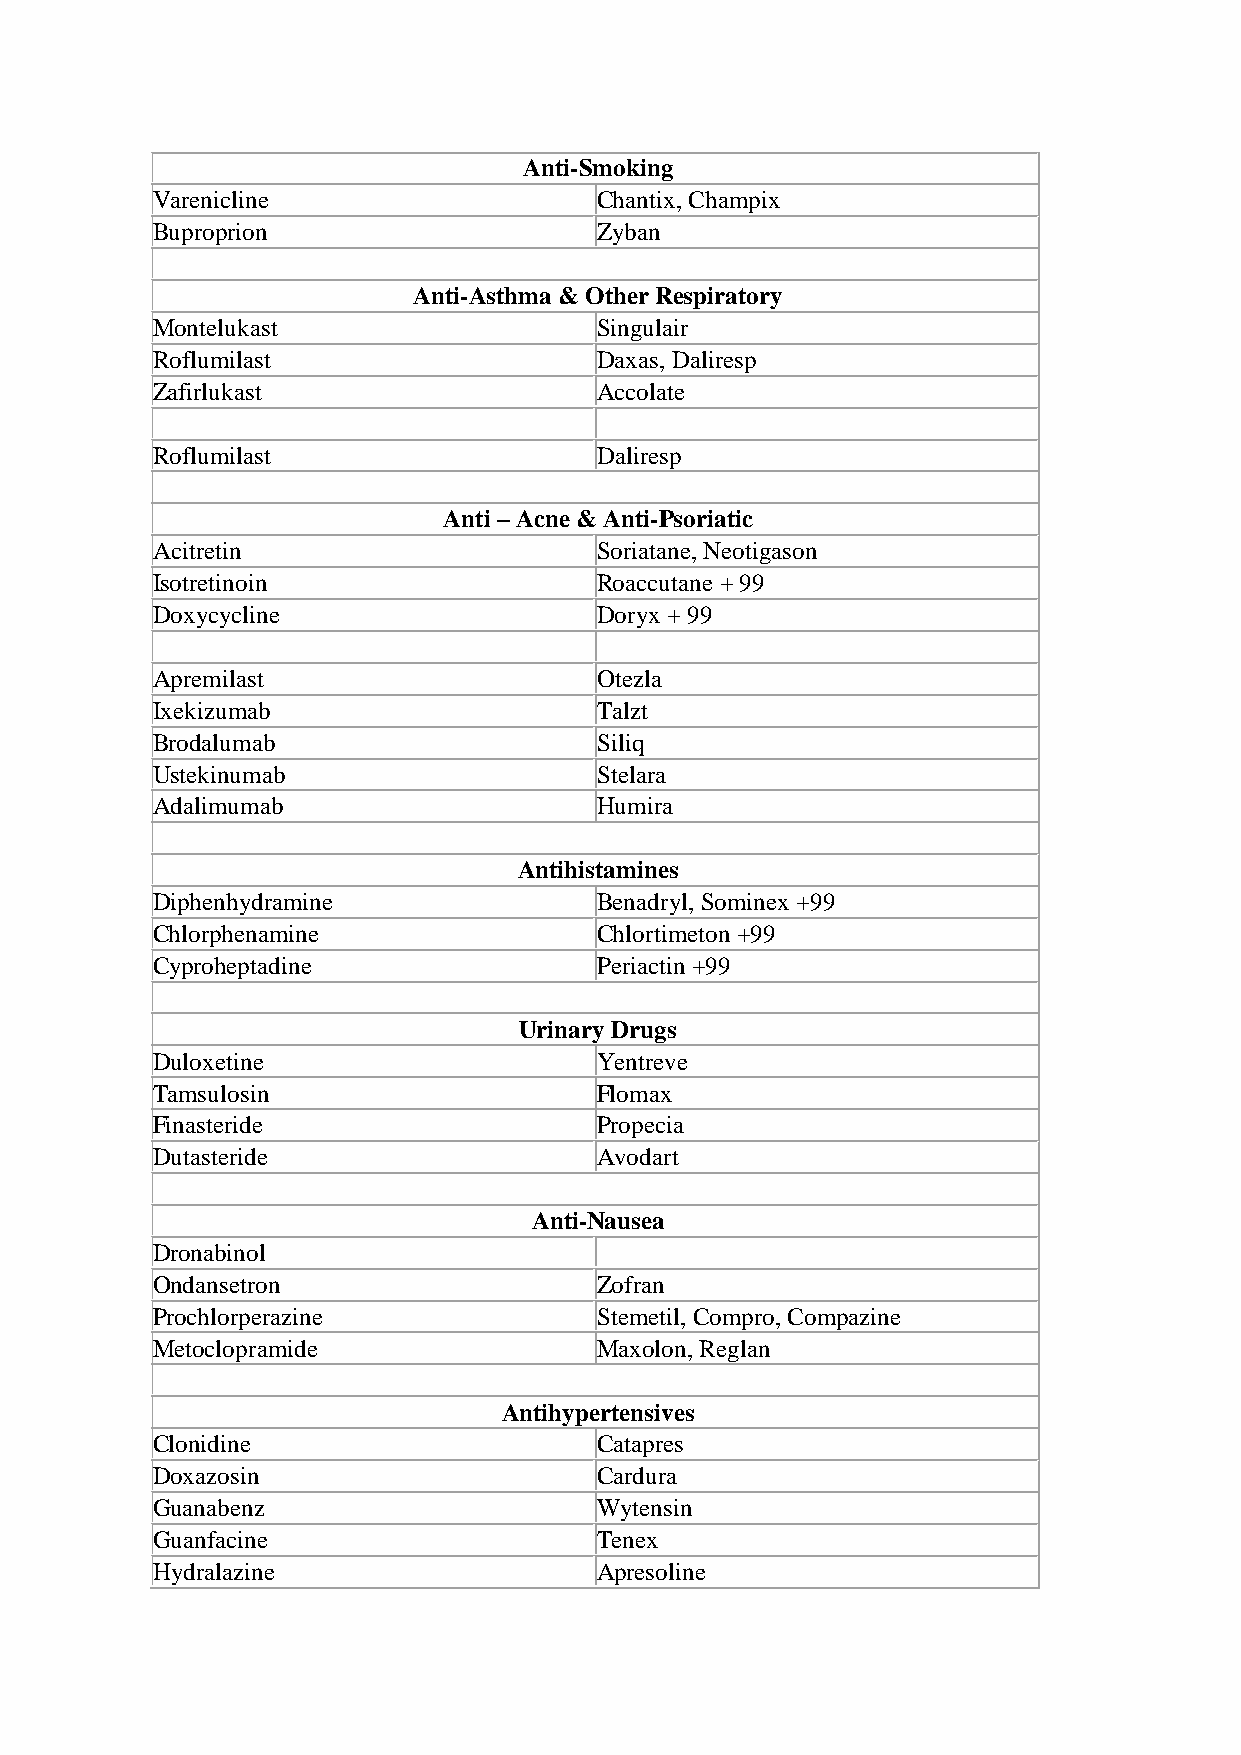
Anti-Smoking
 Varenicline                  Chantix, Champix
 Buproprion                   Zyban
 Anti-Asthma & Other Respiratory
 Montelukast                  Singulair
 Roflumilast                  Daxas, Daliresp
 Zafirlukast                  Accolate
 Roflumilast                  Daliresp
 Anti – Acne & Anti-Psoriatic
 Acitretin                    Soriatane, Neotigason
 Isotretinoin                 Roaccutane + 99
 Doxycycline                  Doryx + 99
 Apremilast                   Otezla
 Ixekizumab                   Talzt
 Brodalumab                   Siliq
 Ustekinumab                  Stelara
 Adalimumab                   Humira
 Antihistamines
 Diphenhydramine              Benadryl, Sominex +99
 Chlorphenamine               Chlortimeton +99
 Cyproheptadine               Periactin +99
 Urinary Drugs
 Duloxetine                   Yentreve
 Tamsulosin                   Flomax
 Finasteride                  Propecia
 Dutasteride                  Avodart
 Anti-Nausea
 Dronabinol
 Ondansetron                  Zofran
 Prochlorperazine             Stemetil, Compro, Compazine
 Metoclopramide               Maxolon, Reglan
 Antihypertensives
 Clonidine                    Catapres
 Doxazosin                    Cardura
 Guanabenz                    Wytensin
 Guanfacine                   Tenex
 Hydralazine                  Apresoline